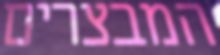
המבצרים